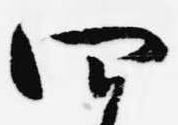
四